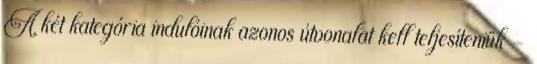
A két kategória indulóinak azonos útvonalat kell teljesíteniük -